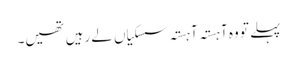
پہلے تو وہ آہستہ آہستہ سسکیاں لے رہیں تھیں۔